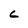
Character: c